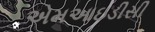
એમઆઇડીસી